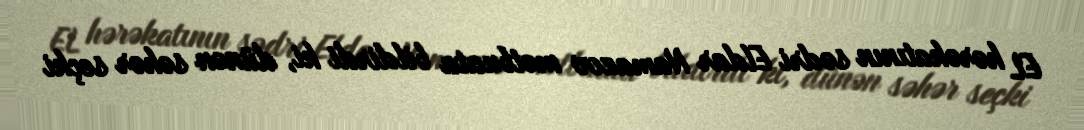
EL hərəkatının sədri Eldar Namazov mətbuata bildirdi ki, dünən səhər seçki